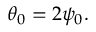
\theta _ { 0 } = 2 \psi _ { 0 } .